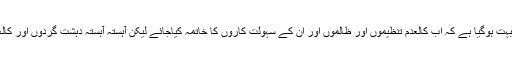
اس کے بعد نیشنل ایکشن پلان بنا اور پاکستان کی تمام جماعتوں نے اسے سپورٹ کیا کہ بہت ہوگیا ہے کہ اب کالعدم تنظیموں اور ظالموں اور ان کے سہولت کاروں کا خاتمہ کیاجائے لیکن آہستہ آہستہ دہشت گردوں اور کالعدم تنظیموں کے بجائے جمہوری اور مظلوم طبقوں کے خلاف مظالم ڈھائے جارہے ہیں ۔